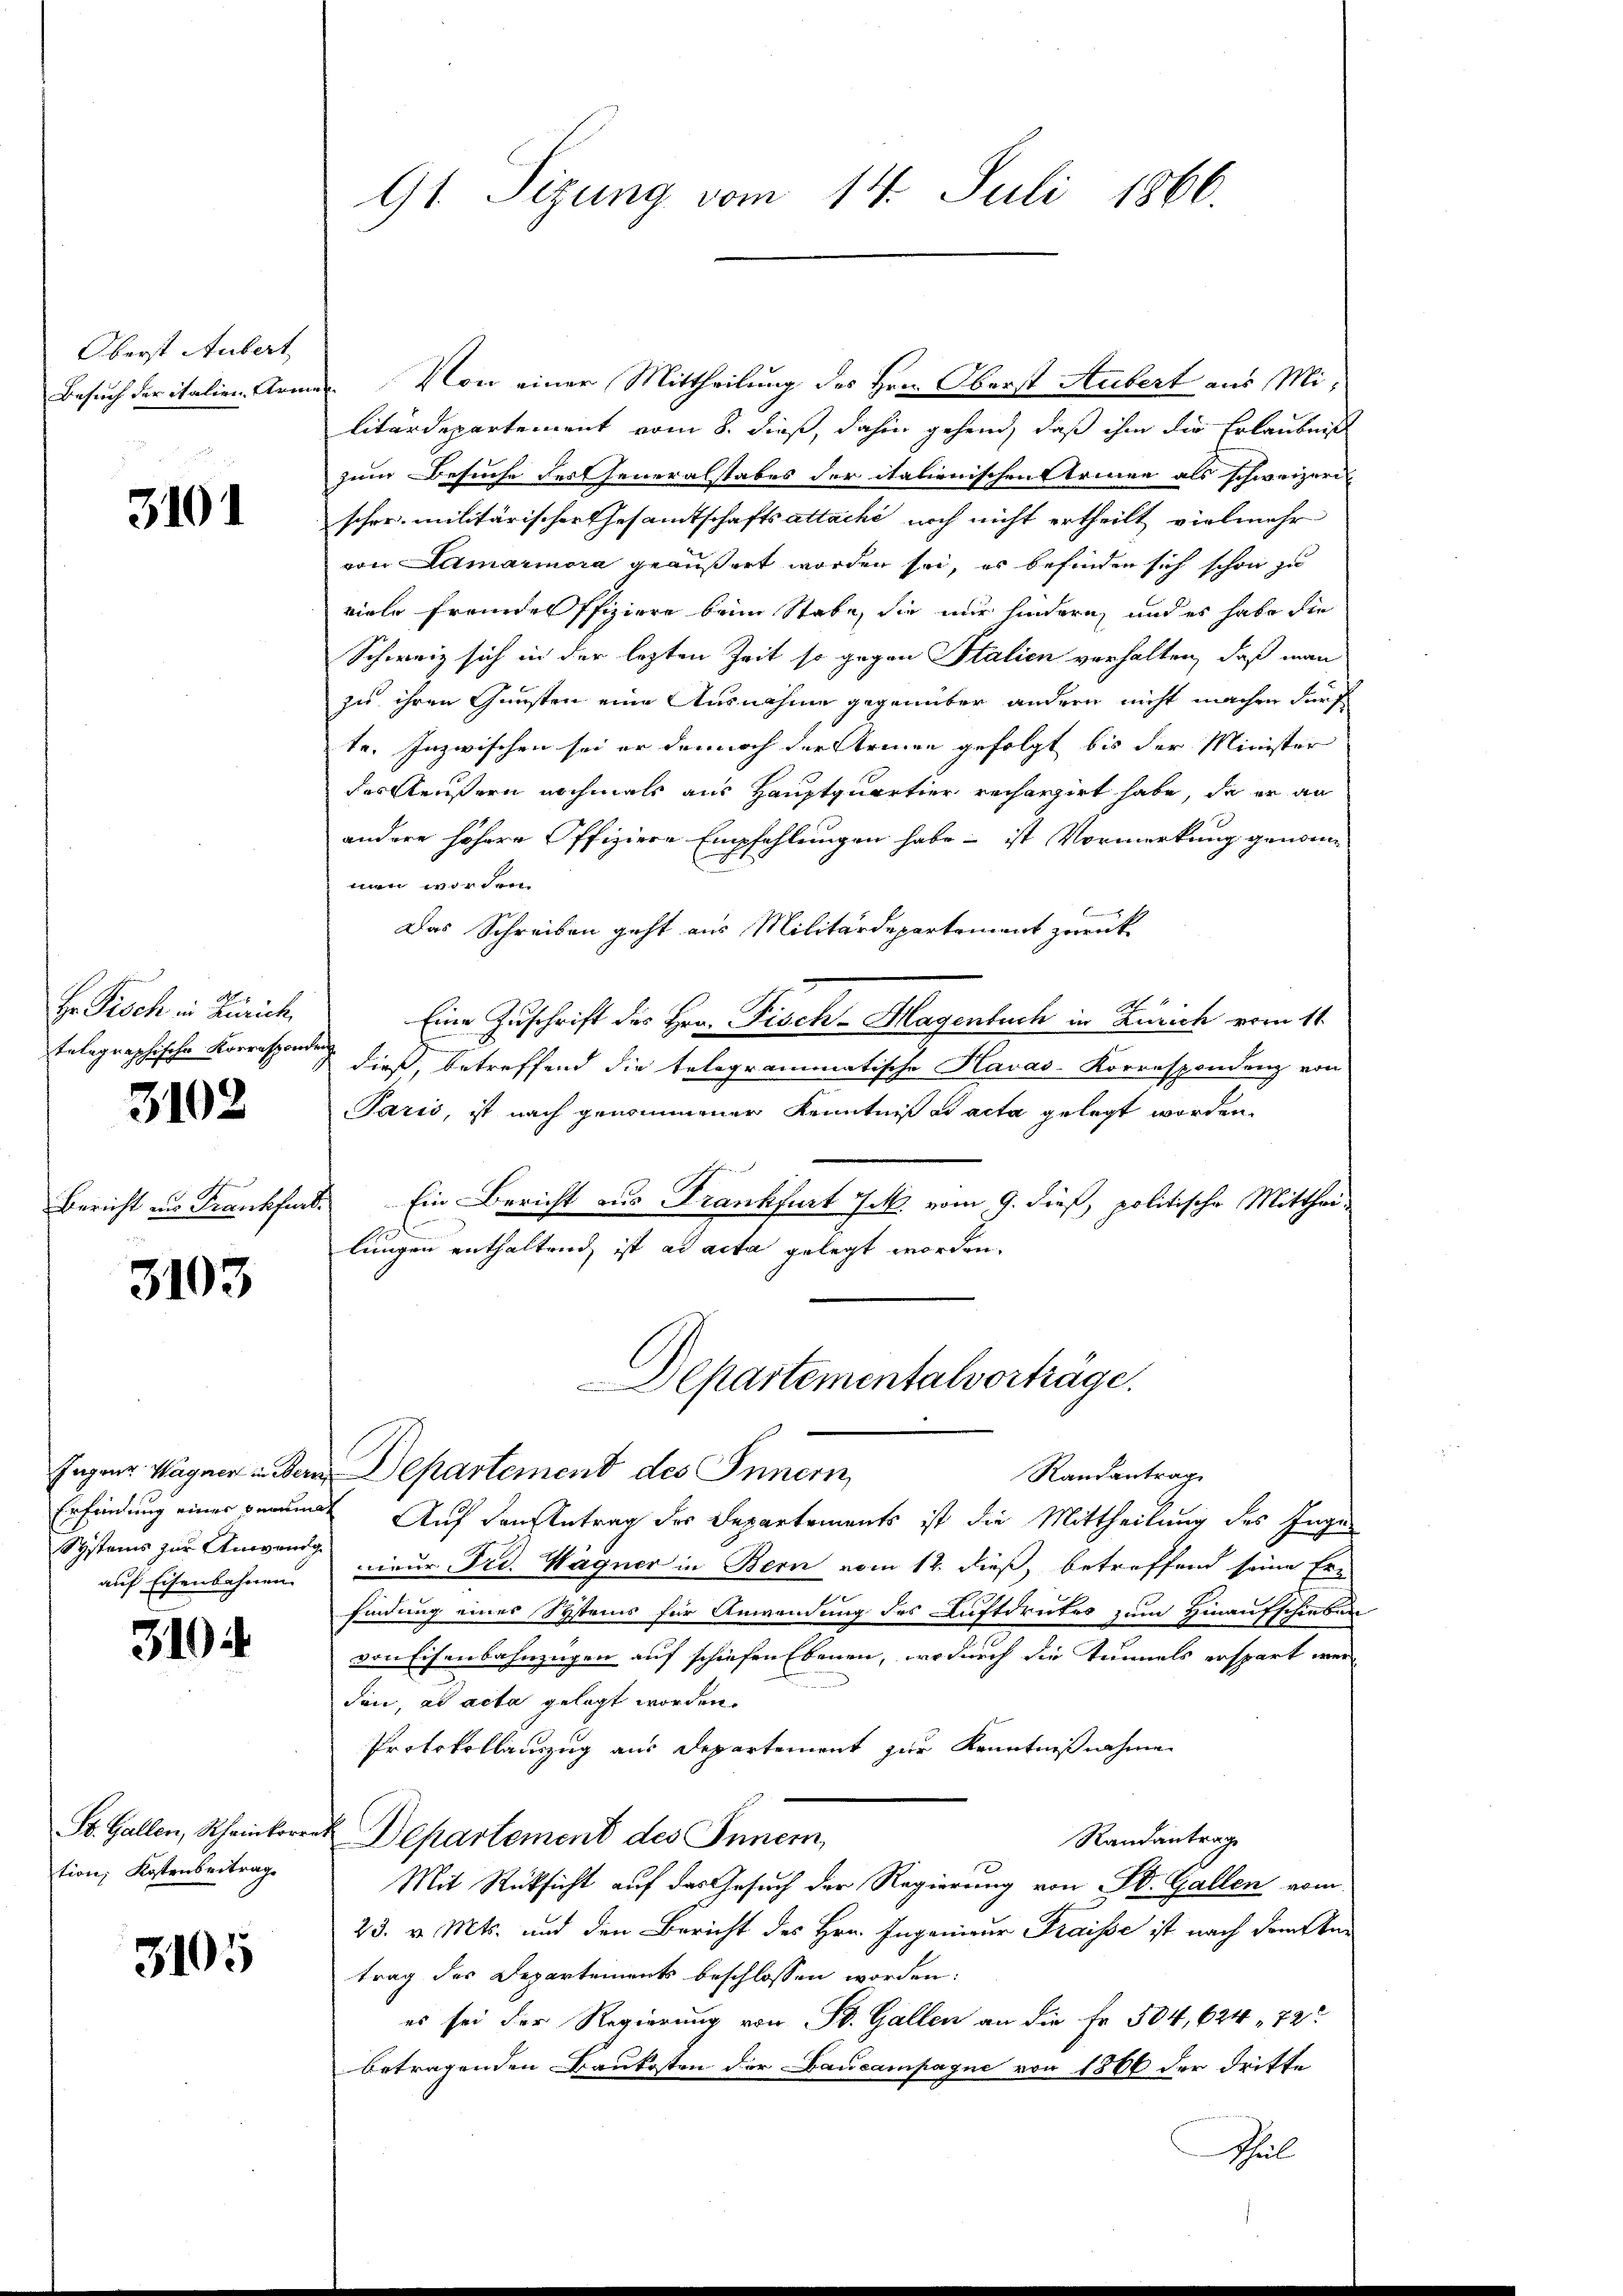
Oberst Aubert
Besuch der italien Arm

3101

Hr Pisch in Zürich
telegraphische Korresponden

3102

Bericht aus Frankfurt.

3103

Jageur Wagner in de
Erfindung einer Fran
Systems zur Anwen
auf Eisenbahnen.

3104

tion Kostenbeitrag

3105

91 Sizung vom 14. Juli 1866.

Von einer Mittheilung des Hrn. Oberst Hubert aus Militärdepartement vom 8. dieß, dahin gehend, daß ihm die Erlaubniß
zum Besuche der Generalstabes der italienischen Armen als schweizeri
scher militärischer Gesamtschaftsattache noch nicht ertheilt vielmehr
von Lumarmora geäußert worden sei, es befinden sich schon zu
viele fremdes Pfiziere beim Stabe, die nur hindern und es habe die
Schweiz sich in der lezten Zeit so gegen Stalien verhalten, daß man
zu ihren Gunsten eine Ausnahme gegenüber andern nicht machen dürf
te. Inzwischen sei er dennoch der Steinen gefolgt bis der Minister
des Aeußern nochmals aus Hauptquartier rechargirt habe, da er an
andere höhere Offiziere Empfehlungen habe ist Vormerkung genommen worden.
Das Schreiben geht aus Militärdepartement zurück¬
A
Eine Zuschrift des Hrn. Fisch-Hagenbuch in Zusich vom 11.
dieß, betreffend die telegrammatische Havas-Korrespondenz von
Paris, ist nach genommener Kenntniß ad acta gelegt worden.
Ein Bericht aus Frankfurt Jak. vom 9. dieß, politische Mitthei¬
1
lingen enthaltend, ist ad acta gelegt worden.
epartementalvorträge.
in Departement des Innern,
Randantrag
a Auf den Antrag des Departements ist die Mittheilung des Ingen
nieur Frd. Wagner in Bern vom 12. dieß, betreffend seine Er-
findung eines Systems für Anwendung des Luftdrutes zum Hinaufschieben
von Eisenbahnzügen auf schiehen Ebenen, wodurch die Tunnels erspart wer¬
—
den, ad acta gelegt worden.
Protokollauszug aus Departement zur Kenntnißnahmen
St. Gallen, Rheinkorrat Departement des Innern,
Randantrage
Mit Rüksicht auf das Gesuch der Regierung von St. Gallen vom
23. v. Mts. und den Bericht des Hrn. Ingenieur Fraisse ist nach dem betrag des Departements beschlossen worden:
es sei der Regierung von St. Gallen an die Fr. 504, 624 - 72
betragenden Baukosten der Daucampagne von 1866 der dritte
Schul